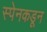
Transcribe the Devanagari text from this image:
स्पेनकडून